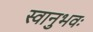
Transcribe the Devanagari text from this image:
स्वानुभवः